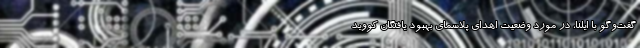
گفت‌وگو با ایلنا، در مورد وضعیت اهدای پلاسمای بهبود یافتگان کووید